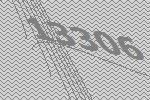
13306